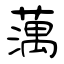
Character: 蕅